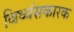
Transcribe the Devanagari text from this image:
विध्वंसकारक